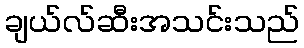
ချယ်လ်ဆီးအသင်းသည်